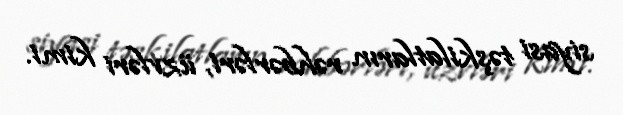
siyasi təşkilatların rəhbərləri, üzvləri kimi.